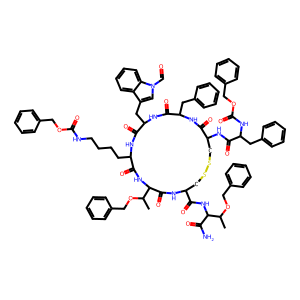
SMILES: CC(OCc1ccccc1)C(NC(=O)C1CSSCC(NC(=O)C(Cc2ccccc2)NC(=O)OCc2ccccc2)C(=O)NC(Cc2ccccc2)C(=O)NC(Cc2cn(C=O)c3ccccc23)C(=O)NC(CCCCNC(=O)OCc2ccccc2)C(=O)NC(C(C)OCc2ccccc2)C(=O)N1)C(N)=O
Inhibits HIV replication: No